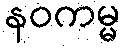
နဝကမ္မ